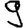
Digit: 9